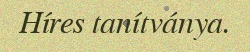
Híres tanítványa.